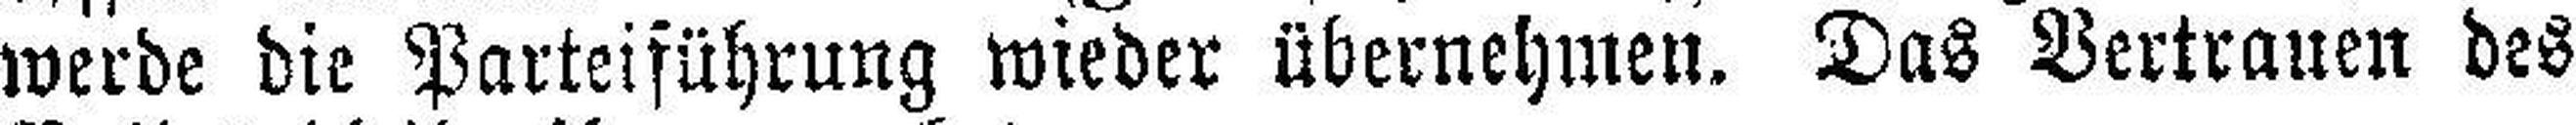
werde die Parteiführung wieder übernehmen. Das Vertrauen des